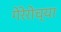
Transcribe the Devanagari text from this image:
गेरेरोच्या